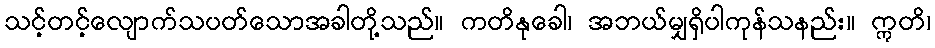
သင့်တင့်လျောက်သပတ်သောအခါတို့သည်။ ကတိနုခေါ၊ အဘယ်မျှရှိပါကုန်သနည်း။ ဣတိ၊